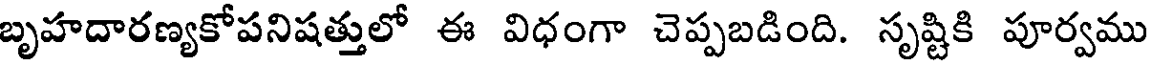
బృహదారణ్యకోపనిషత్తులో ఈ విధంగా చెప్పబడింది. సృష్టికి పూర్వము